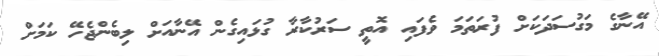
އޭނާގެ މަގުސަދަކަށް ފުރަތަމަ ވެފައި އޮތީ ސަރުކާރާ ގުޅައިގެން އޭނާއަށް ލިބެންޖެހޭ ކަމަށް